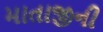
માતાજીની